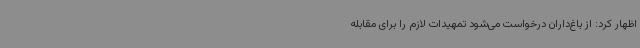
اظهار کرد: از باغ‌داران درخواست می‌شود تمهیدات لازم را برای مقابله